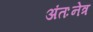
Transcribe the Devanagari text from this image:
अंतःनेत्र